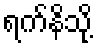
ရက်နိသို့